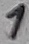
Text: 1